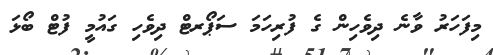
މިފަހަރު ވާނެ ދިވެހިން ގެ ފުރިހަމަ ސަޕޯރޓް ދިވެހި ގައުމީ ފުޓް ބޯޅަ